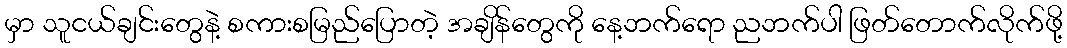
မှာ သူငယ်ချင်းတွေနဲ့ စကားစမြည်ပြောတဲ့ အချိန်တွေကို နေ့ဘက်ရော ညဘက်ပါ ဖြတ်တောက်လိုက်ဖို့